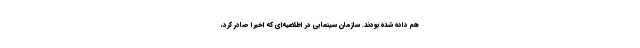
هم داده شده بودند. سازمان سینمایی در اطلاعیه‌ای که اخیرا صادر کرد،